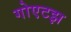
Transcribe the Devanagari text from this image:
गोएटझ